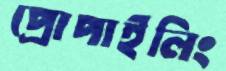
প্রোপাইলিং